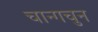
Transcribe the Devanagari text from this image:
चान्गचुन